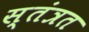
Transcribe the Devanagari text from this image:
स्तंत्रत